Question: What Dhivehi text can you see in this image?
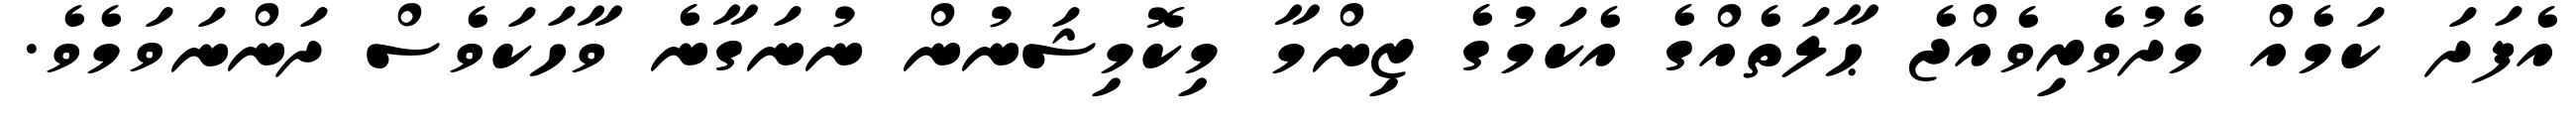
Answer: އެފަދަ ކަމެއް މެދުވެރިވެއްޖެ ޙާލަތެއްގެ އެކަމުގެ ޒިންމާ މިކޮމިޝަނުން ނުނަގާނެ ވާހަކަވެސް ދަންނަވަމެވެ.